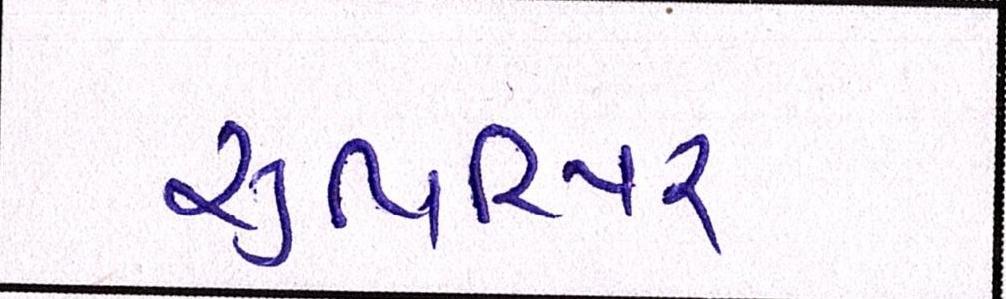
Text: સુપિરિયર